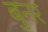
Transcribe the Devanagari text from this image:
बुनर